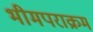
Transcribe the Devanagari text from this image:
भीमपराक्रम